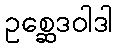
ဥစ္ဆေဒဝါဒါ